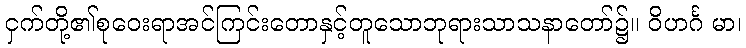
ငှက်တို့၏စုဝေးရာအင်ကြင်းတောနှင့်တူသောဘုရားသာသနာတော်၌။ ဝိဟင်္ဂ မာ၊